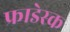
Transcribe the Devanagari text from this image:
फ्राडेस्क